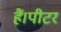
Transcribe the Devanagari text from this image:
हैं।पीटर